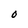
Character: 0